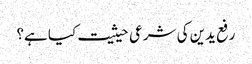
رفع یدین کی شرعی حیثیت کیا ہے؟